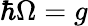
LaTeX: \hbar\Omega=g